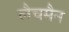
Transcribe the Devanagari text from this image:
लैचमैन